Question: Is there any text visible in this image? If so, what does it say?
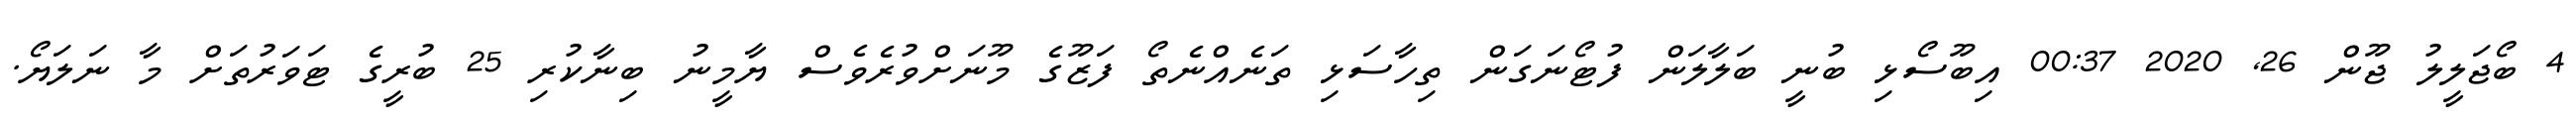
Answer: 4 ބޯޖަލީލު ޖޫން 26, 2020 00:37 އިބޫސޯޅި ބުނީ ބަލާލަން ފުޓޯނަގަން ތިހާސަޅި ތަނެއްނެތޯ ފަޒޫގެ މޫނަށްވުރެވެސް ޔާމީނު ބިނާކުރި 25 ބުރީގެ ޓަވަރުތަށް މާ ނަލަޔޯ.